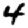
Digit: 4